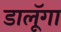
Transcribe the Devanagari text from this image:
डालूॅगा